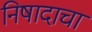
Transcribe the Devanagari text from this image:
निषादाचा